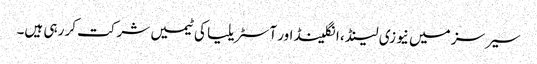
سیرسز میں نیوزی لینڈ ، انگلینڈ اور آسٹریلیا کی ٹیمیں شرکت کر رہی ہیں۔